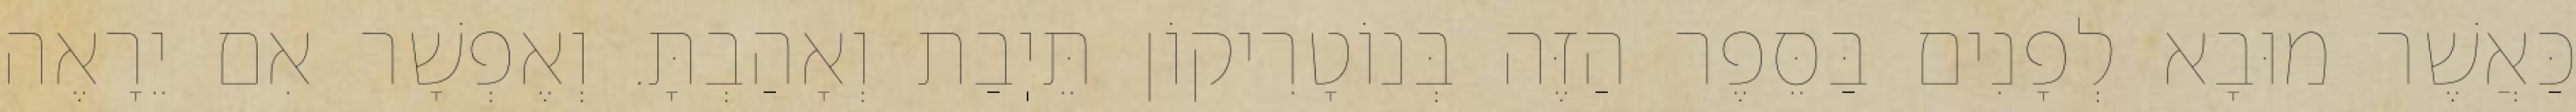
כַּאֲשֶׁר מוּבָא לְפָנִים בַּסֵּפֶר הַזֶּה בְּנוֹטָרִיקוֹן תֵּיֽבַת וְאָהַבְתָּ. וְאֶפְשָׁר אִם יֵרָאֶה